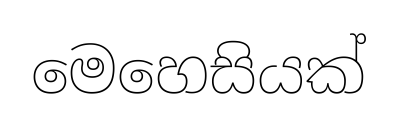
මෙහෙසියක්